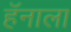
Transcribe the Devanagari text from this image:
हॅनाला